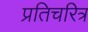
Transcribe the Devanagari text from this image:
प्रतिचरित्र